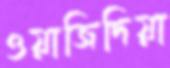
ওয়াজিদিয়া